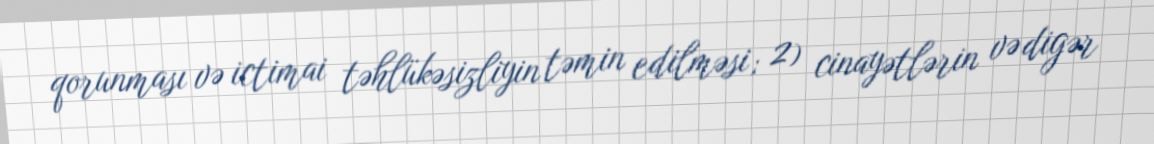
qorunması və ictimai təhlükəsizliyin təmin edilməsi; 2) cinayətlərin və digər